Civil Veterinary Dept. Bombay admin report 1932-41 - 1932-1941
Year: 1932
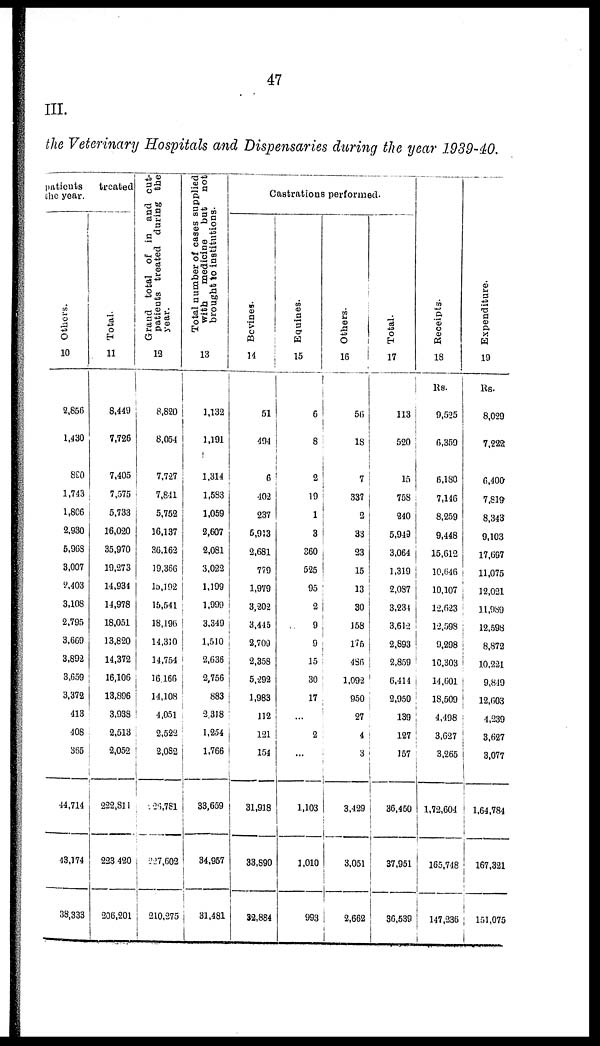
47
III.
the Veterinary Hospitals and Dispensaries during the year 1939-40.
patients treated
the
year.
Others.
10
2,856
1,430
890
1,743
1,806
2,930
5,968
3,007
2,403
3,108
2,795
3,669
3,892
3,659
3,372
413
408
365
44,714
43,174
38,333
Total.
11
8,449
7,726
7,405
7,575
5,733
16,020
35,970
19,273
14,934
14,978
18,051
13,820
14,372
16,106
13,896
3,938
2,513
2,052
222,811
223,420
206,201
Grand total of in and out-
patients treated during the
year.
12
8,820
8,054
7,727
7,841
5,752
16,137
36,162
19,366
15,192
15,541
18,196
14,310
14,754
16,166
14,108
4,051
2,522
2,082
226,781
227,602
210,275
Total number of cases supplied
with
medicine
but
not
brought to institutions.
13
1,132
1,191
1,314
1,583
1,059
2,607
2,081
3,022
1,199
1,999
3,349
1,510
2,636
2,756
883
2,318
1,254
1,766
33,659
34,957
31,481
Castrations performed.
Bovines.
14
51
494
6
402
237
5,913
2,681
779
1,979
3,202
3,445
2,709
2,358
5,292
1,983
112
121
154
31,918
33,890
32,884
Equines.
15
6
8
2
19
1
3
360
525
95
2
9
9
15
30
17
...
2
...
1,103
1,010
993
Others.
16
56
18
7
337
2
33
23
15
13
30
158
175
486
1,092
950
27
4
3
3,429
3,051
2,662
Total.
17
113
520
15
758
240
5,949
3,064
1,319
2,087
3,234
3,612
2,893
2,859
6,414
2,950
139
127
157
36,450
37,951
36,539
Receipts.
18
Rs.
9,525
6,359
6,180
7,146
8,259
9,448
15,612
10,646
10,107
12,623
12,598
9,298
10,303
14,601
18,509
4,498
3,627
3,265
1,72,604
165,748
147,236
Expe ndi t
ur e .
19
Rs.
8,029
7,222
6,400
7,819
8,343
9,103
17,697
11,075
12,021
11,989
12,598
8,872
10,221
9,819
12,603
4,239
3,627
3,077
1,64,784
167,321
151,075